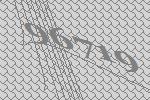
96719